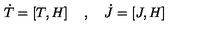
{ \dot { T } } = \left[ T , H \right] \quad , \quad { \dot { J } } = \left[ J , H \right]